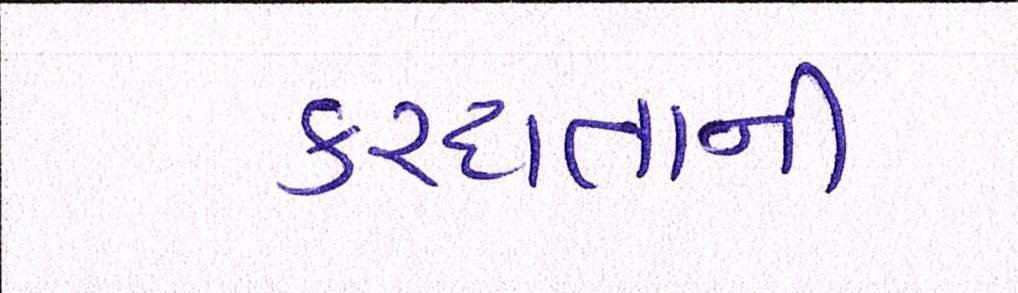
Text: કરદાતાની